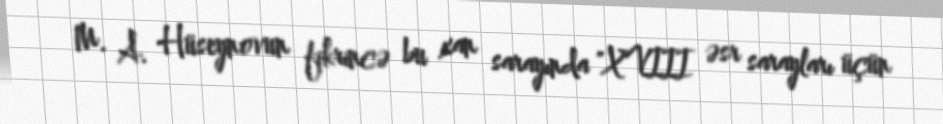
M. A. Hüseynovun fikrincə bu xan sarayında "XVIII əsr sarayları üçün